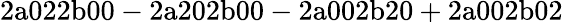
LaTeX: \mathrm{2a022b00-2a202b00-2a002b20+2a002b02}